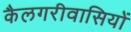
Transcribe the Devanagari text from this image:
कैलगरीवासियों